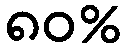
၈၀%